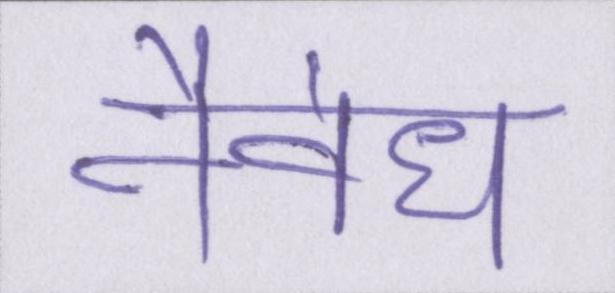
नैवेद्य